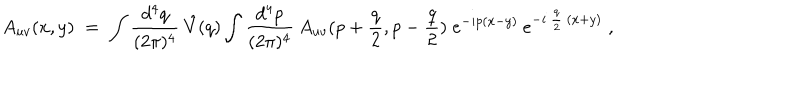
A _ { u v } ( x , y ) \; = \; \int \frac { d ^ { 4 } q } { ( 2 \pi ) ^ { 4 } } \: \hat { V } ( q ) \int \frac { d ^ { 4 } p } { ( 2 \pi ) ^ { 4 } } \: A _ { u v } ( p + \frac { q } { 2 } , p - \frac { q } { 2 } ) \; e ^ { - i p ( x - y ) } \: e ^ { - i \: \frac { q } { 2 } \: ( x + y ) } \; ,